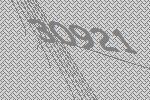
30921